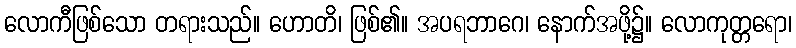
လောကီဖြစ်သော တရားသည်။ ဟောတိ၊ ဖြစ်၏။ အပရဘာဂေ၊ နောက်အဖို့၌။ လောကုတ္တရော၊